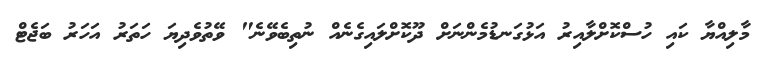
މާލިއްޔާ ކައި ހުސްކޮށްލާއިރު އަޅުގަނޑުމެންނަށް ދޫކޮށްލައިގެނެއް ނުތިބެވޭނެ" ވޭތުވެދިޔަ ހަތަރު އަހަރު ބަޖެޓް